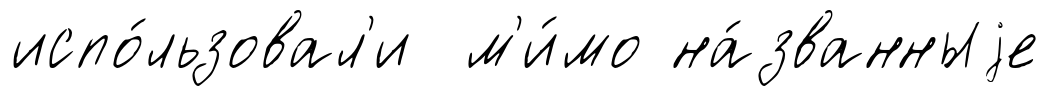
испо́льзовал'и м'и́мо на́званныjе